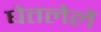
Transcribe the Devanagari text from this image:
घेतलेलें